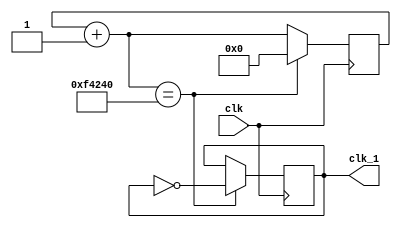
module div_freq(clk,clk_1);
 
input clk;
output  clk_1;
reg clk_1;
reg [27:0] cont;

always @ (posedge clk)
begin
cont=cont+1;

if(cont ==1000_000)begin
cont=0;
clk_1=~clk_1;
end

end
endmodule